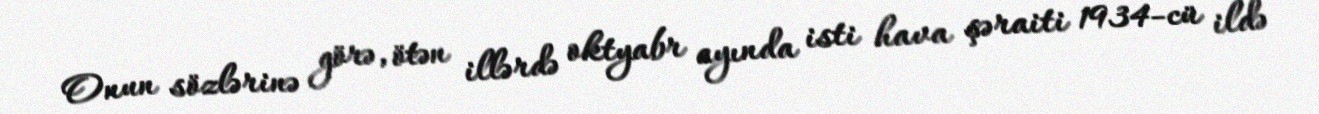
Onun sözlərinə görə, ötən illərdə oktyabr ayında isti hava şəraiti 1934-cü ildə